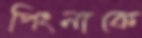
পিংনাকে